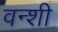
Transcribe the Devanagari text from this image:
वन्शी